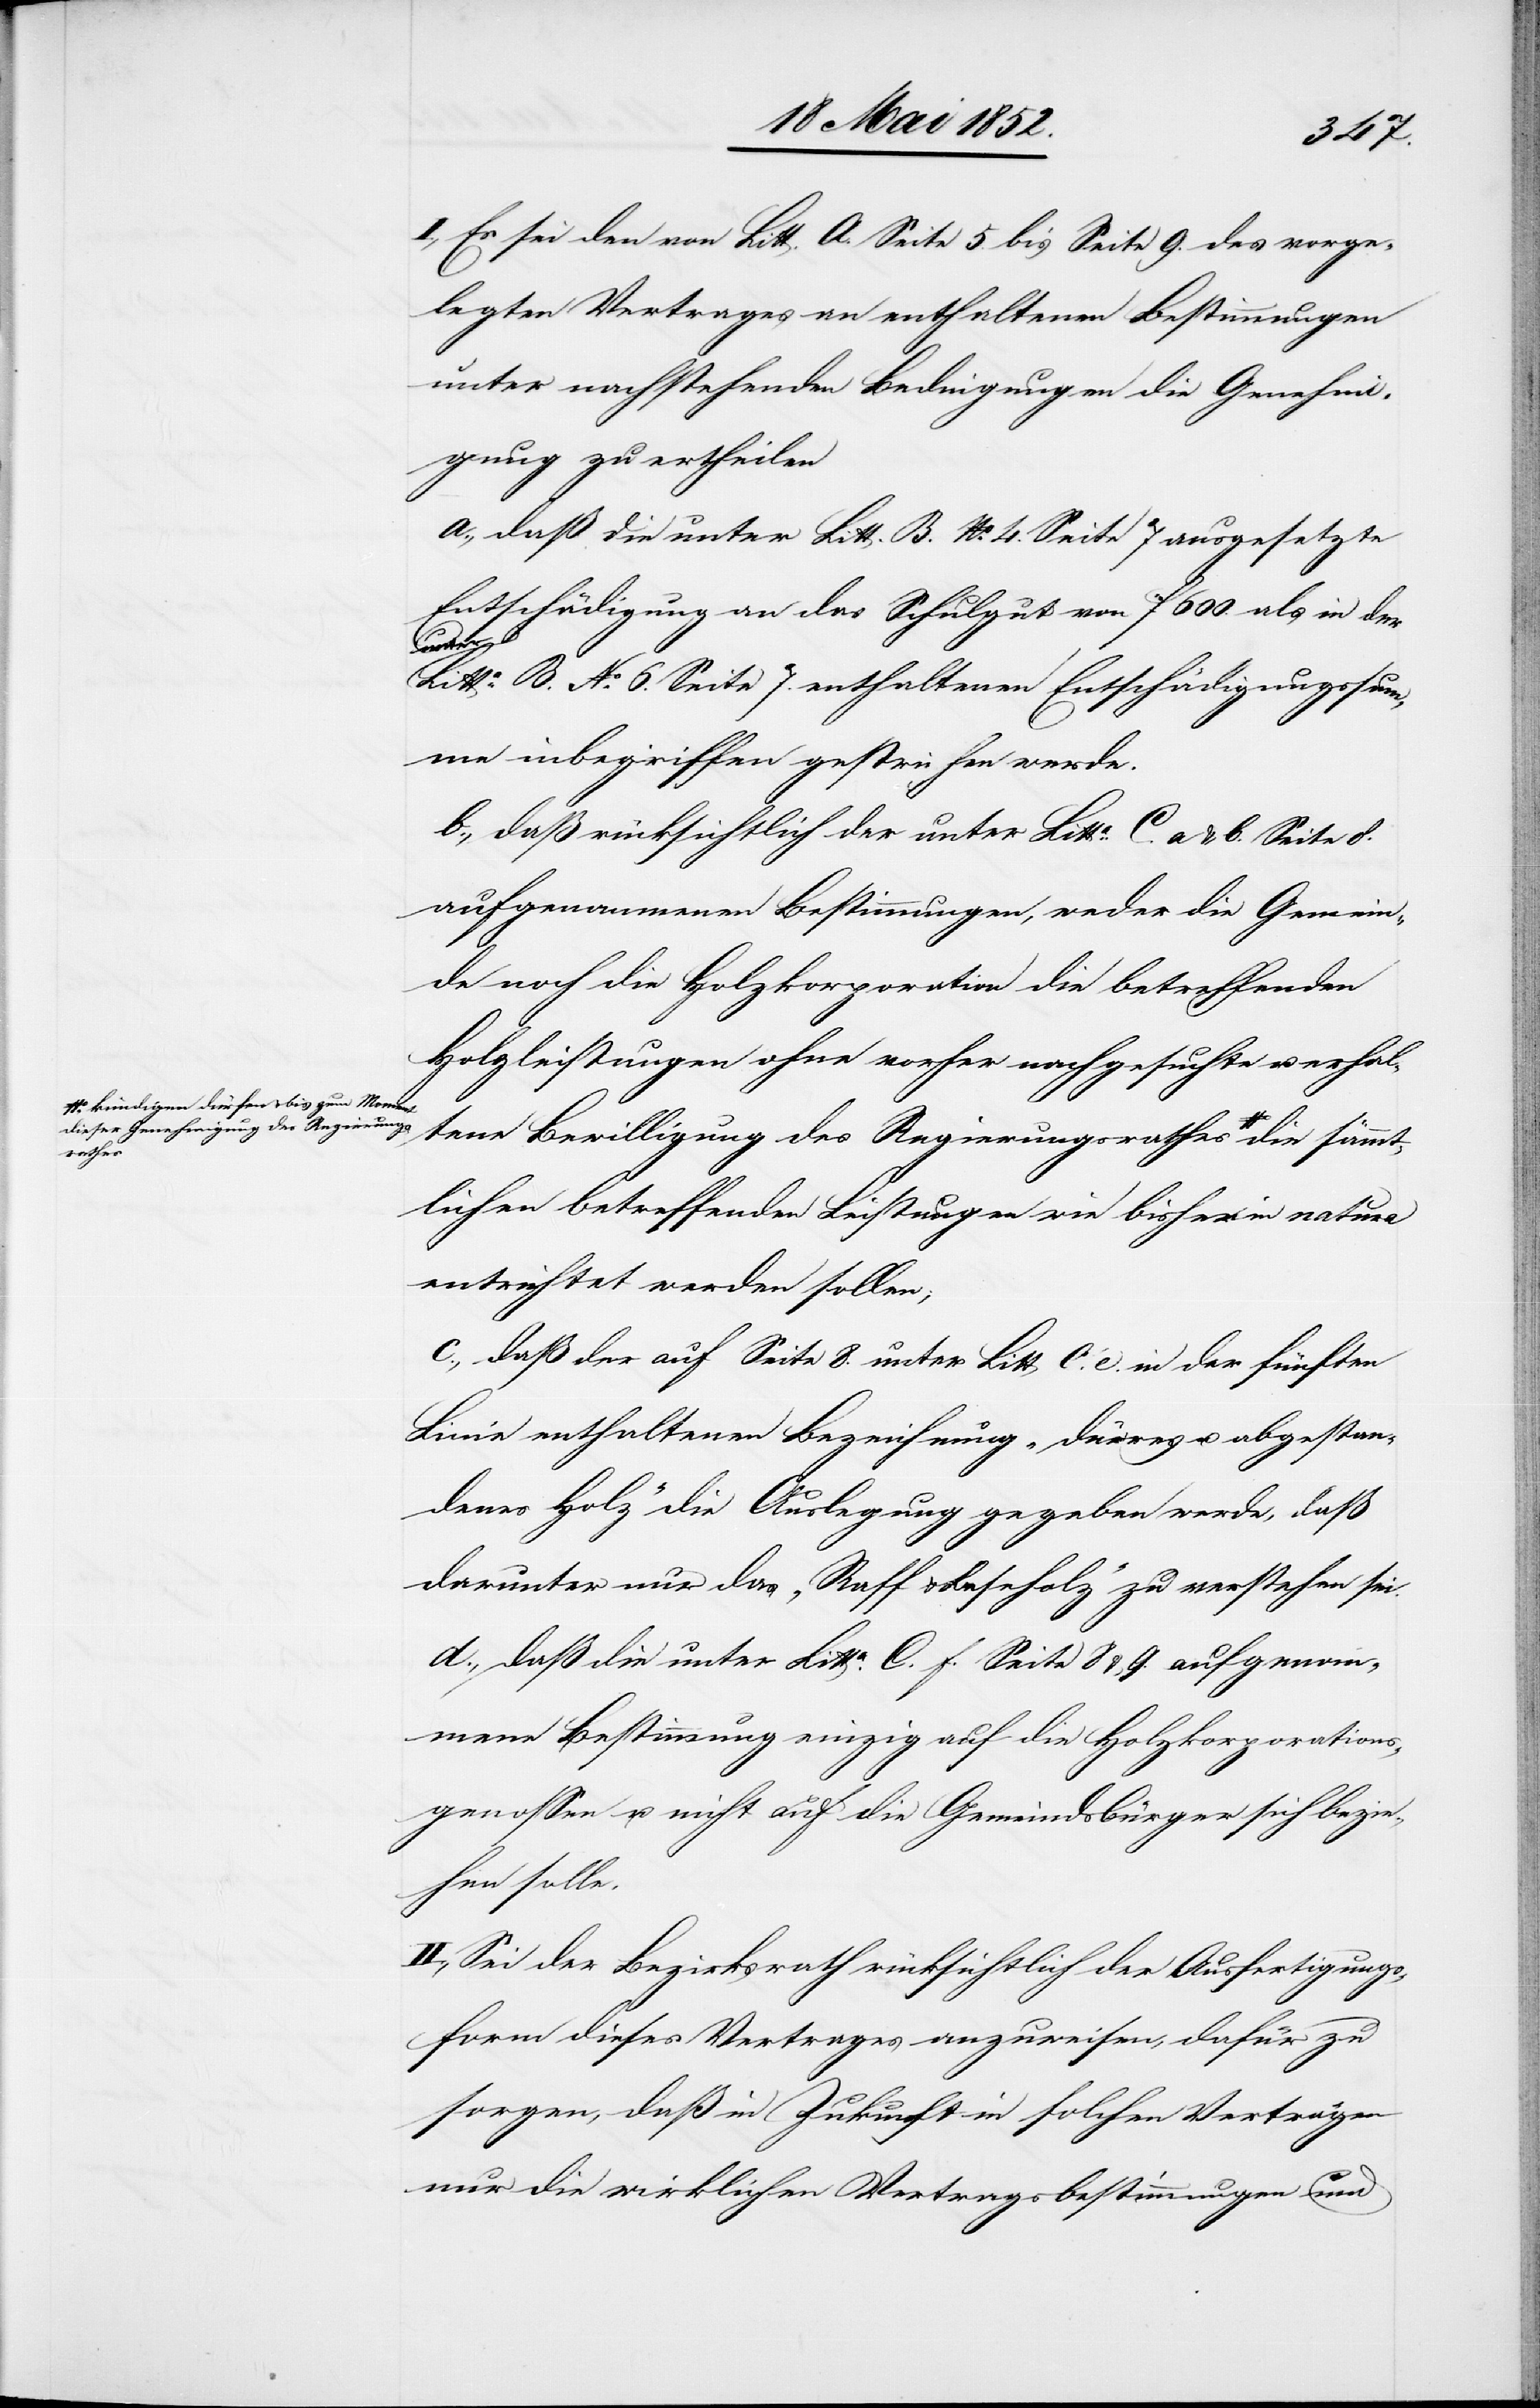
ündigen dürfen & bis zum Moment
dieser Genehmigung des Regierungs¬
rathes-a

I., Es sei den von Litt. A. Seite 5 bis Seite 9. des vorge¬
legten Vertrages an enthaltenen Bestimmungen
unter nachstehenden Bedingungen die Genehmi¬
gung zu ertheilen
a., daß die unter Litt. B. No. 4. Seite 7 ausgesetzte
Entschädigung an das Schulgut von f 600. als in der
sämmt¬
Litt: B. No. 6. Seite 7. enthaltenen Entschädigungssum¬
me inbegriffen gestrichen werde.
b., daß rücksichtlich der unter Litta: C. a & b. Seite 8.
aufgenommenen Bestimmungen, weder die Gemein¬
de noch die Holzkorporation die betreffenden
Holzleistungen ohne vorher nachgesuchte u. erhal¬
tene Bewilligung des Regierungsrathes a-k¬
lichen betreffenden Leistungen wie bisher in natura
entrichtet werden sollen;
c., daß der auf Seite 8. unter Litt C. e. in der fünften
Linie enthaltenen Bezeichnung „dürres u. abgestan¬
denes Holz“ die Auslegung gegeben werde, daß
darunter nur das „Raff[-] & Leseholz“ zu verstehen sei.
d., daß die unter Litta. C. f. Seite 8 & 9. aufgenom¬
mene Bestimmung einzig auf die Holzkorporations¬
genossen u. nicht auf die Gemeindsbürger sich bezie¬
hen solle.
II., Sei der Bezirksrath rücksichtlich der Ausfertigungs¬
form dieses Vertrages anzuweisen, dafür zu
sorgen, daß in Zukunft in solchen Verträgen
nur die wirklichen Vertragsbestimmungen und